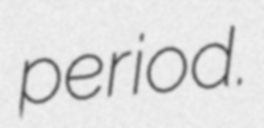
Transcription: period.